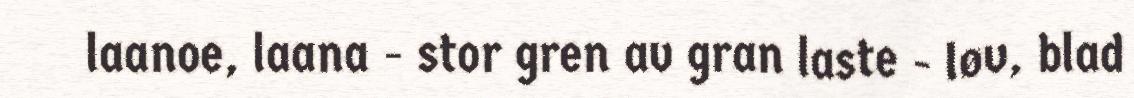
laanoe, laana - stor gren av gran laste - løv, blad